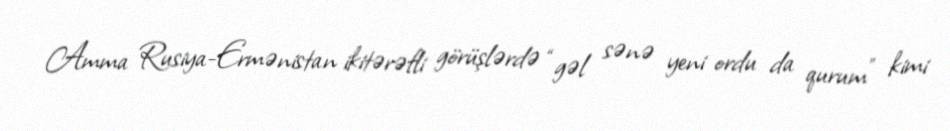
Amma Rusiya-Ermənistan ikitərəfli görüşlərdə “gəl sənə yeni ordu da qurum” kimi